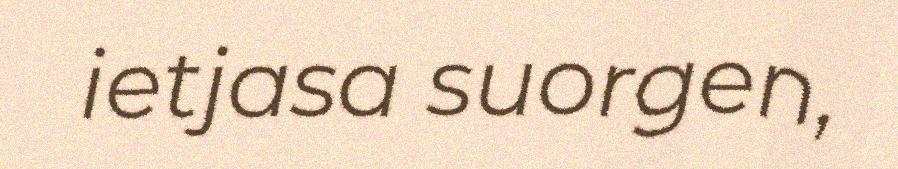
ietjasa suorgen,